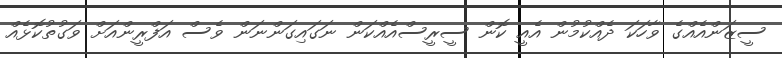
ސީޒަންއެއްގެ ވާހަކަ ދެއްކުމުން އެއީ ކޮން ސީރީސްއެއްކަން ނަގައިގަންނަން ވެސް އަފްރީންއަށް ވަގުތުކޮޅެއް